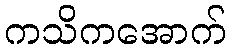
ကသိကအောက်